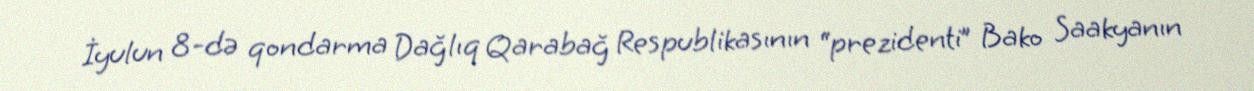
İyulun 8-də qondarma Dağlıq Qarabağ Respublikasının “prezidenti” Bako Saakyanın